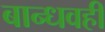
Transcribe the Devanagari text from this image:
बान्धवही